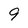
Character: 9